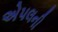
એપલની